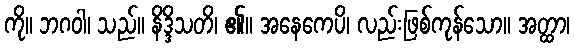
ကို။ ဘဂဝါ၊ သည်။ နိဒ္ဒိသတိ၊ ၏။ အနေကေပိ၊ လည်းဖြစ်ကုန်သော။ အတ္ထာ၊